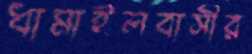
ধামাইলবাসীর